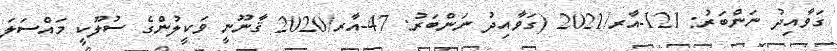
ގަވާއިދު ނަންބަރު: 121-އާރ/2021 (ގަވާއިދު ނަންބަރު: 47-އާރ/2020 ޤާނޫނީ ވަކީލުންގެ ސުލޫކީ މައްސަލަ